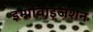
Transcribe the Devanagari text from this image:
इम्प्रोवाइजेशन